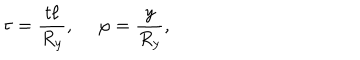
\tau = { \frac { t \ell } { R _ { y } } } , ~ ~ \varphi = { \frac { y } { R _ { y } } } ,